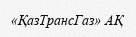
«ҚазТрансГаз» АҚ